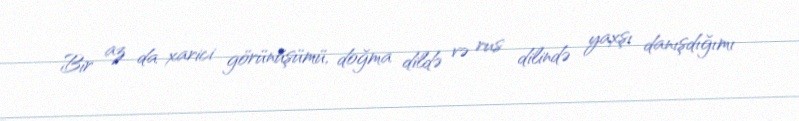
Bir az da xarici görünüşümü, doğma dildə və rus dilində yaxşı danışdığımı